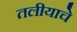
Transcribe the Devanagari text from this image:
तलीयाचे